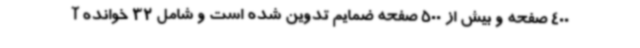
400 صفحه و بیش از 500 صفحه ضمایم تدوین شده است و شامل 32 خوانده آ